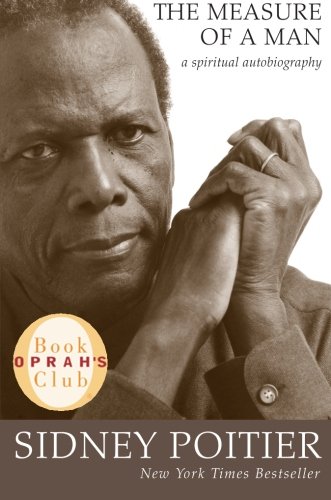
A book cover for The Measure of a Man: A Spiritual Autobiography (Oprah's Book Club); Sidney Poitier; Parenting & Relationships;